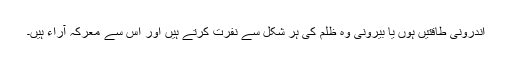
اندرونی طاقتیں ہوں یا بیرونی وہ ظلم کی ہر شکل سے نفرت کرتے ہیں اور اس سے معرکہ آراء ہیں۔